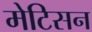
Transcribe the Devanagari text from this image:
मेटिसन